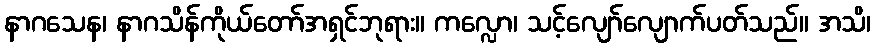
နာဂသေန၊ နာဂသိန်ကိုယ်တော်အရှင်ဘုရား။ ကလ္လော၊ သင့်လျော်လျောက်ပတ်သည်။ အသိ၊